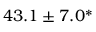
4 3 . 1 \pm 7 . 0 ^ { * }